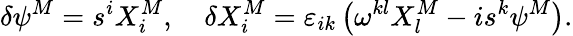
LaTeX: \delta\psi^{M}=s^{i}X_{i}^{M},\quad\delta X_{i}^{M}=\varepsilon_{ik}\left(\omega^{kl}X_{l}^{M}-is^{k}\psi^{M}\right).